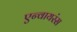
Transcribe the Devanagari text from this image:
एन्वायरंस